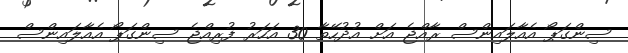
ސިންގަޕޯ އެއާލައިންސް ރާއްޖެ އަށް އުދުހޭތާ 30 އަހަރު ފުރިއްޖެ ސިންގަޕޯ އެއާލައިންސް